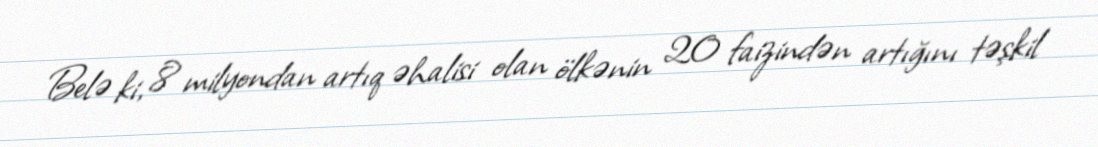
Belə ki, 8 milyondan artıq əhalisi olan ölkənin 20 faizindən artığını təşkil